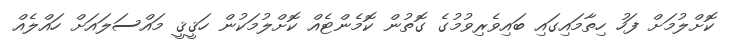
ކޮށްލުމަށް ފަހު ހިތާމައިގައި ބައިވެރިވުމުގެ ގޮތުން ކޮމެންޓެއް ކޮށްލުމަކުން ހަޤީޤީ މައްސަލައަށް ހައްލެއް